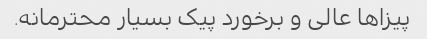
پیزاها عالی و برخورد پیک بسیار محترمانه.